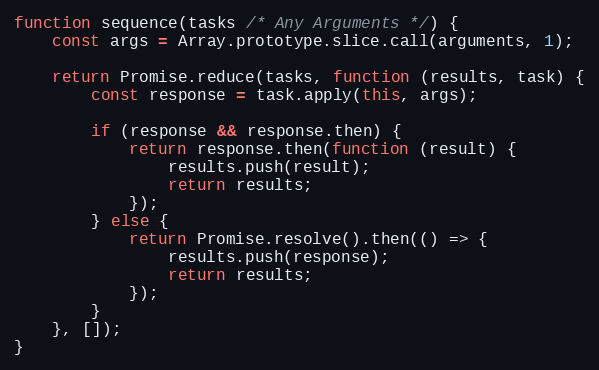
Language: JavaScript
function sequence(tasks /* Any Arguments */) {
    const args = Array.prototype.slice.call(arguments, 1);

    return Promise.reduce(tasks, function (results, task) {
        const response = task.apply(this, args);

        if (response && response.then) {
            return response.then(function (result) {
                results.push(result);
                return results;
            });
        } else {
            return Promise.resolve().then(() => {
                results.push(response);
                return results;
            });
        }
    }, []);
}